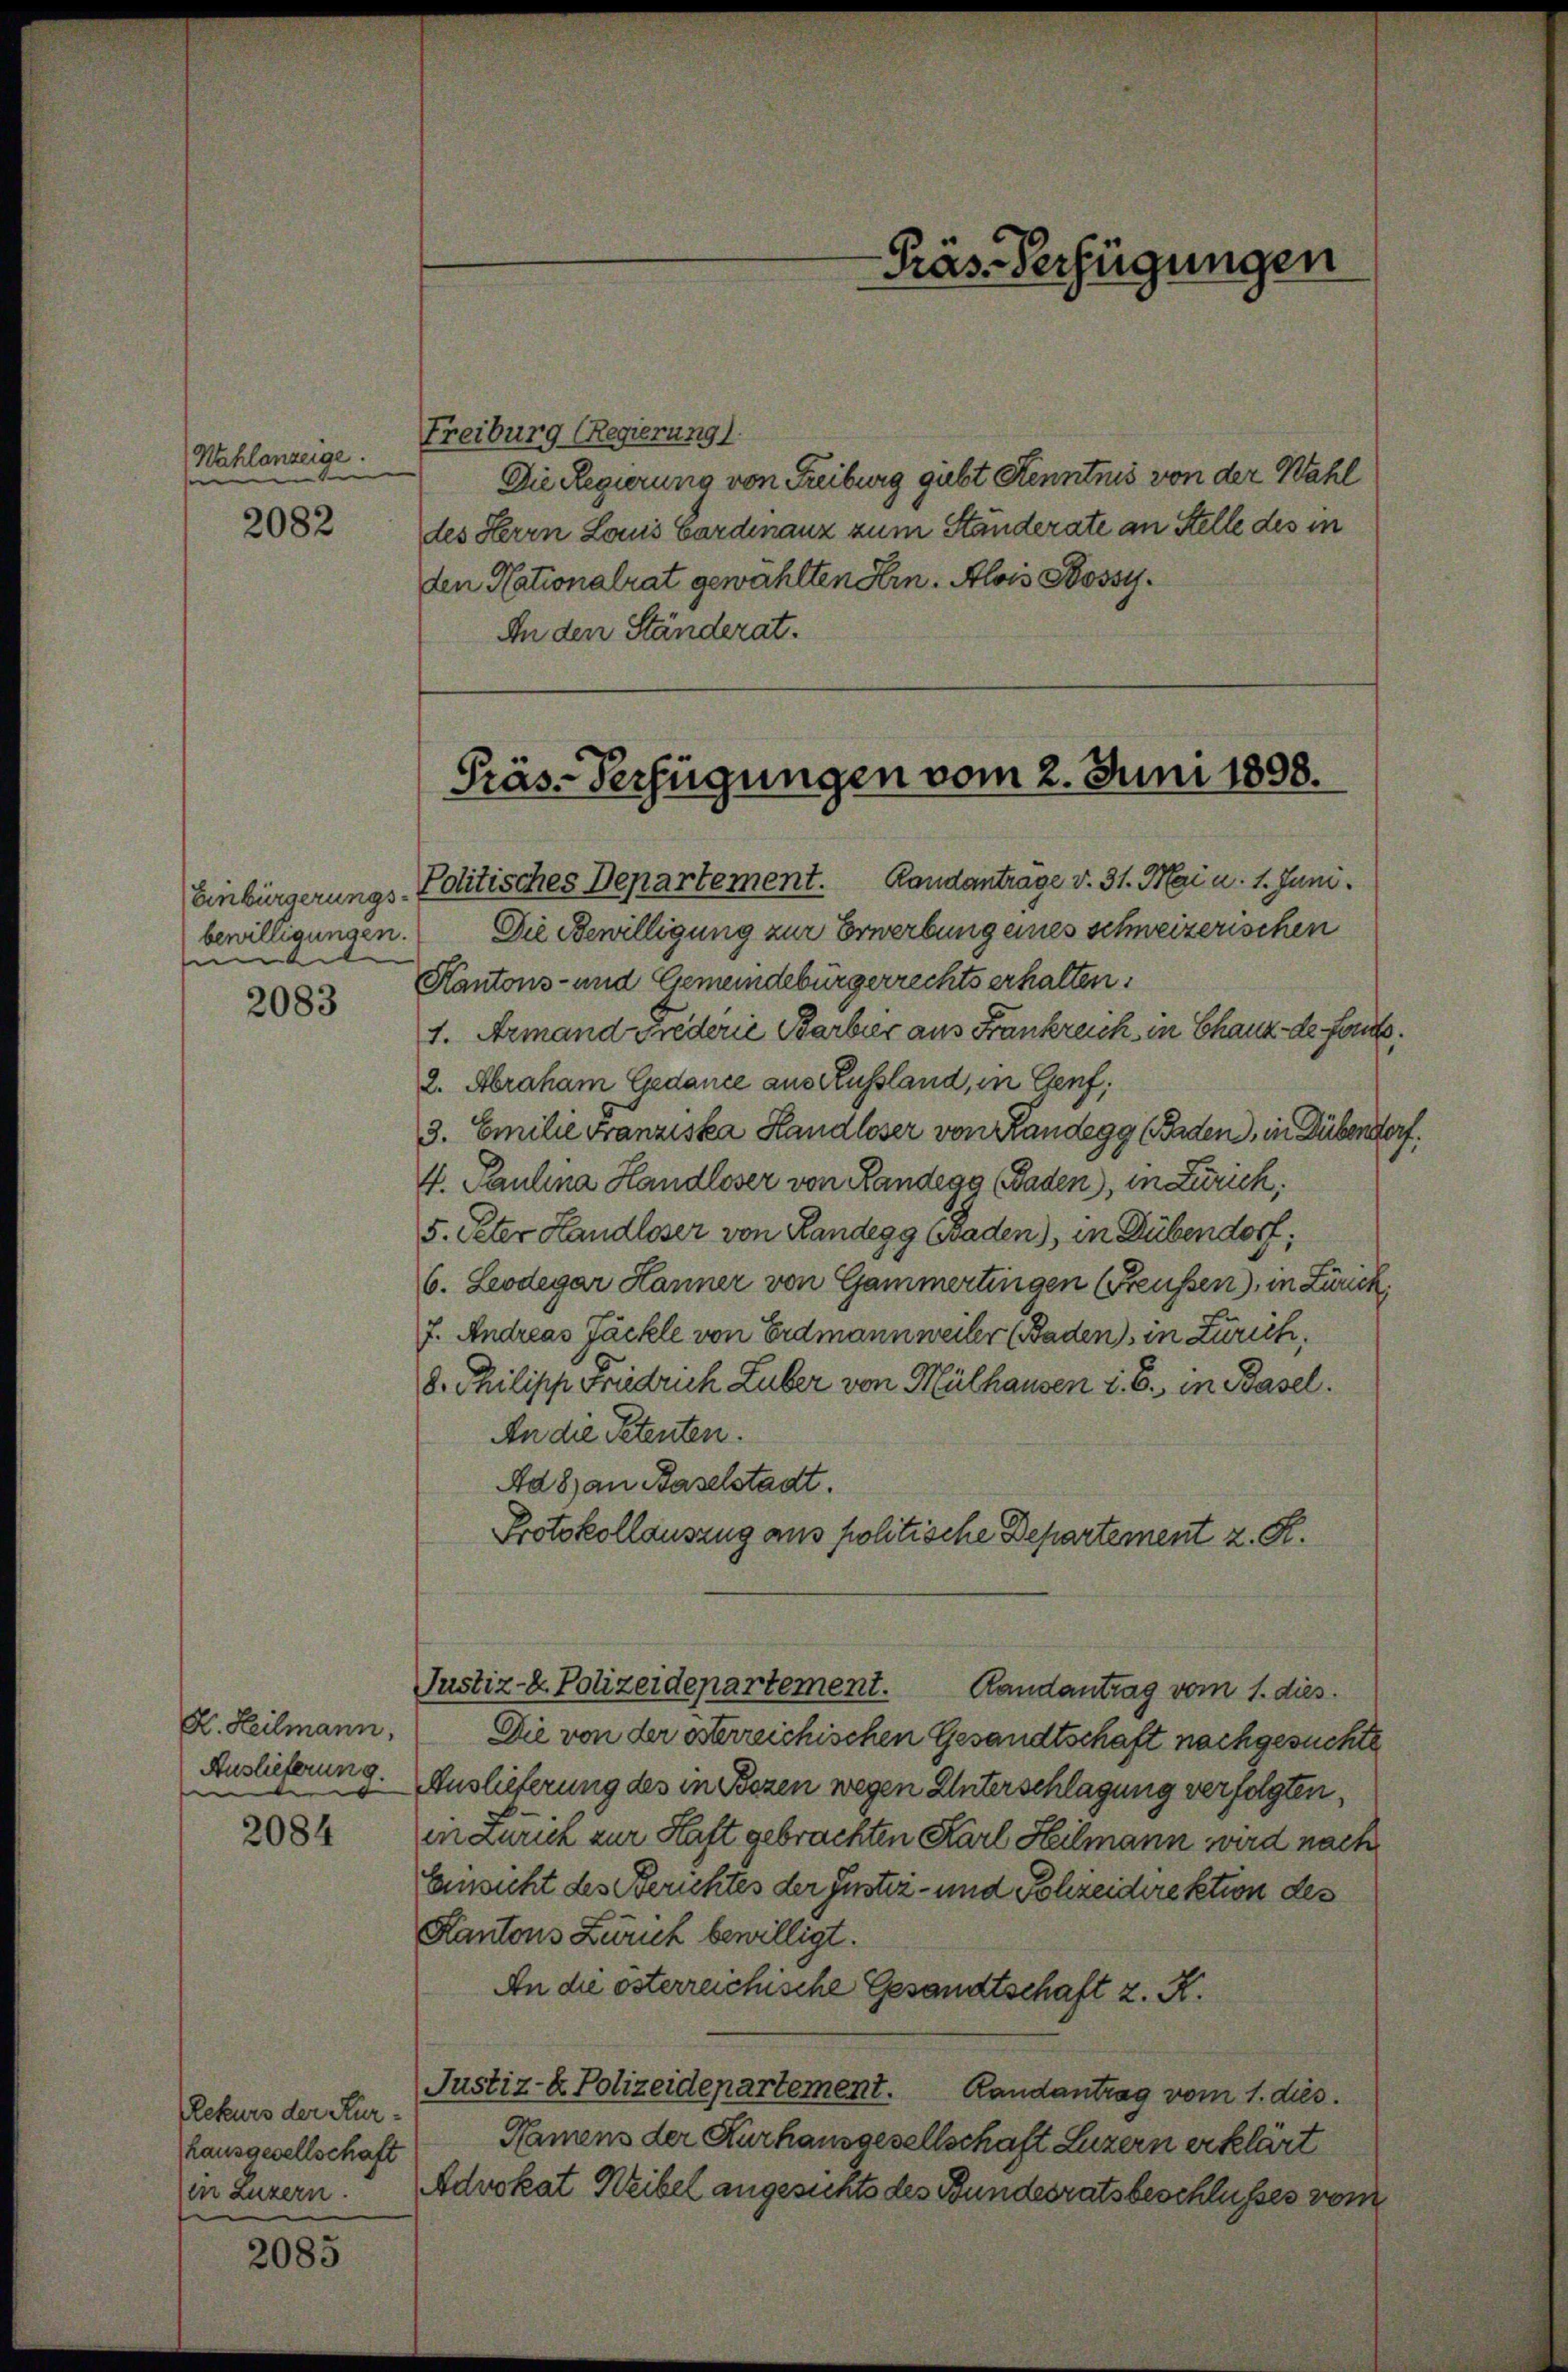
Wahlanzeige.
d
e

2082

Einbürgerungsn

2083

E. Heilmann,
Auslieferung.
e

2084

(Rekurs der Kur¬
Hausgesellschaft
in Luzern.

2085

Freiburg (Regierung
Die Regierung von Freiburg gubt Kenntnis von der Wahl
des Herrn Laus Cardinanz zum Ständerate an Stelle des in
den Nationalrat gewählten Hrn. Alois Stossy¬
In den Ständerat.

-Präs. Verfügungen

Präs. Verfügungen vom 2. Juni 1898.

Politisches Departement. Randanträge v. 31. Mai u. 1. Juni.
bewilligungen. Die Bewilligung zur Erwerbung eines schweizerischen
Kantons- und Gemeindebürgerrechts erhalten.
1. Armand Frederie Barbier aus Frankreich in Chaux de fand.
2. Abraham Gedance aus Russland, in Genf,
3. Emilie Franziska Handloser von Randegg (Faden, in Dübendorf.
4. Paulina Handloser von Landegg (Faden), in Zürich,
5. Peter Handloser von Randegg Baden), in Dübendorf;
6. Leodegar Hanner von Gammertingen (Freussen), in Zürich,
7. Andreas Jäckle von Erdmann weiler (Baden, in Zürich,
8. Philipp Friedrich Luber von Mülhausen i. B. in Basel.
An die Petenten.
Aa 8) an Baselstadt.
Protokollauszug aus politische Departement z. R.
Justiz- & Polizeidepartement.
Randantrag vom 1. dies
Die von der österreichischen Gesandtschaft nachgesuchte
Auslieferung des in Bozen wegen Unterschlagung verfolgten,
in Zürich zur Haft gebrachten Karl Heilmann wird nach
Einsicht des Berichtes der Justiz- und Sohzeidirektion des
Kantons Zürich bewilligt.
An die österreichische Gesandtschaft z. K.
Justiz- & Polizeidepartement.
Randantrag vom 1. dies
Namens der Kurhausgesellschaft Luzern erklärt
Advokat Weibel angesichts des Bundesratsbeschlusses vom